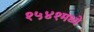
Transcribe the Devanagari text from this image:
१५४१मध्ये